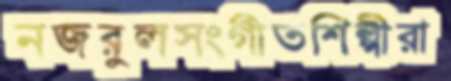
নজরুলসংগীতশিল্পীরা